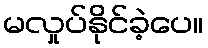
မလှုပ်နိုင်ခဲ့ပေ။